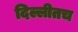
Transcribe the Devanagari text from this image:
दिल्लीतच